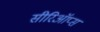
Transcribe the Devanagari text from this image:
सीरिऑप्स